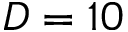
D = 1 0